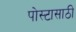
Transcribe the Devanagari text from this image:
पोस्टासाठी